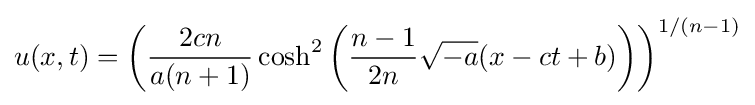
u(x,t)=\left({\frac {2cn}{a(n+1)}}\cosh ^{2}\left({\frac {n-1}{2n}}{\sqrt {-a}}(x-ct+b)\right)\right)^{1/(n-1)}